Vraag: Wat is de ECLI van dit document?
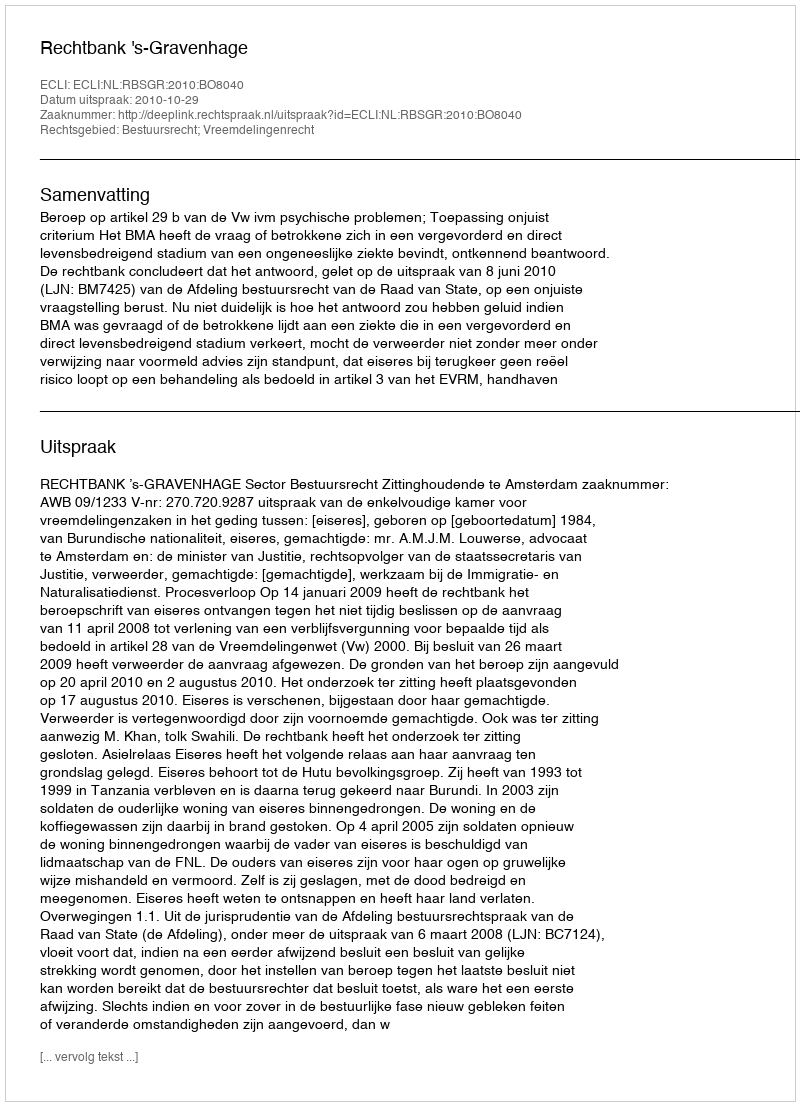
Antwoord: ECLI:NL:RBSGR:2010:BO8040